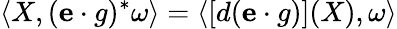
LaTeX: \langle X,({\mathbf{e}}\cdot g)^{*}\omega\rangle=\langle[d(\mathbf{e}\cdot g)](X),\omega\rangle